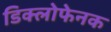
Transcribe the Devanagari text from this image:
डिक्लोफेनक